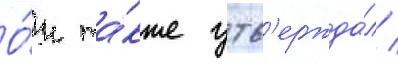
О́н та́кже утв'ержда́л /